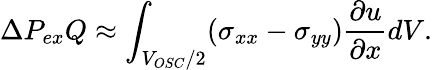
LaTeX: \Delta P_{ex}Q\approx\int_{V_{OSC}/2}(\sigma_{xx}-\sigma_{yy})\frac{\partial u}{\partial x}dV.